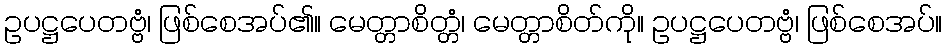
ဥပဋ္ဌပေတဗ္ဗံ၊ ဖြစ်စေအပ်၏။ မေတ္တာစိတ္တံ၊ မေတ္တာစိတ်ကို။ ဥပဋ္ဌပေတဗ္ဗံ၊ ဖြစ်စေအပ်။